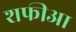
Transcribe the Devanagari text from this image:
शफीआ